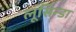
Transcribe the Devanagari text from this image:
लूसिन्डा